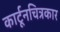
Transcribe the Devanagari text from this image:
कार्टूनचित्रकार